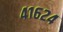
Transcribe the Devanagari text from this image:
४१६२४